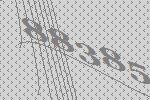
88385